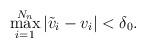
LaTeX: \begin{align*}\max_{i=1}^{N_n}|\tilde{v}_i-v_i|<\delta_0. \end{align*}